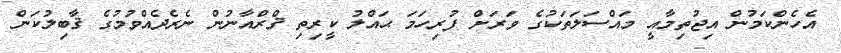
އެހެންކަމުން އިޖުތިމާއީ މައްސަލަތަކުގެ ވަރަށް ފުރިހަމަ ޙައްލު ކީރިތި ޤްރްއާނުން ނެރެދެއްވުމުގެ ޤާބިލުކަން